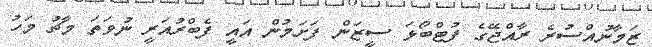
ޒަމާނުއްސުރެ ރާއްޖޭގެ ފުޓްބޯޅަ ސީޒަން ފަށަމުން އައީ ފެބްރުއަރީ ނުވަތަ މާޗު މަހު